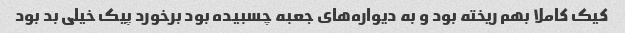
کیک کاملا بهم ریخته بود و به دیواره‌های جعبه چسبیده بود برخورد پیک خیلی بد بود